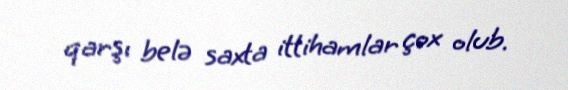
qarşı belə saxta ittihamlar çox olub.